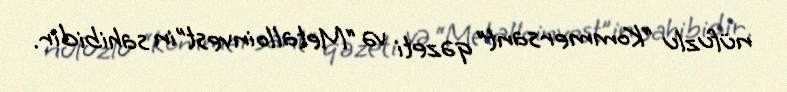
nüfuzlu “Kommersant” qəzeti və “Metalloinvest”in sahibidir.